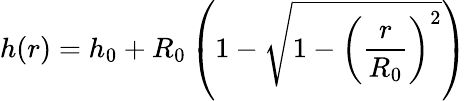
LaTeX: h(r)=h_{0}+R_{0}\left(1-\sqrt{1-\left(\frac{r}{R_{0}}\right)^{2}}\right)